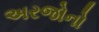
અરજોનો